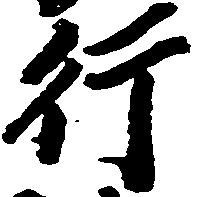
行